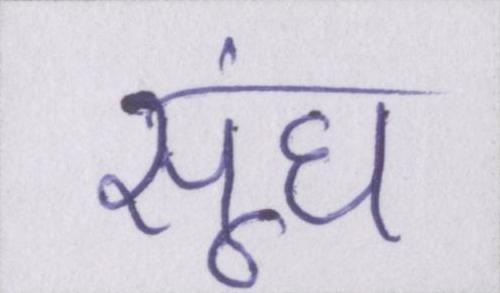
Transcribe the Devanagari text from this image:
सूंघ